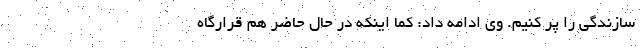
سازندگی را پر کنیم. وی ادامه داد:‌‌ کما اینکه در حال حاضر هم قرارگاه